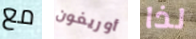
مع أوريغون لذا